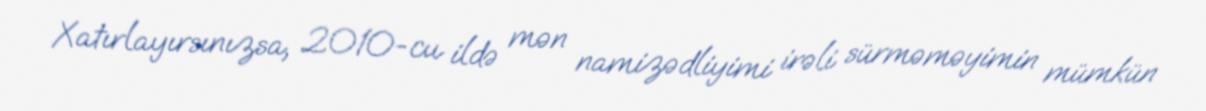
Xatırlayırsınızsa, 2010-cu ildə mən namizədliyimi irəli sürməməyimin mümkün